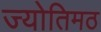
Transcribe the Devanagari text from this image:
ज्योतिमठ